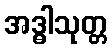
အဒ္ဓါသုတ္တ